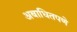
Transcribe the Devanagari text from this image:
अबाधितपणे